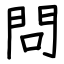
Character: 問